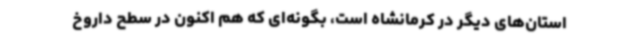
استان‌های دیگر در کرمانشاه است، بگونه‌ای که هم اکنون در سطح داروخ